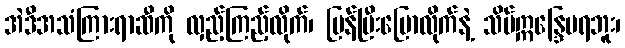
အဲဒီအသံကြားရာဆီကို လှည့်ကြည့်လိုက်၊ ပြန်ပြီးပြောလိုက်နဲ့ သိပ်ဣန္ဒြေမရဘူး၊